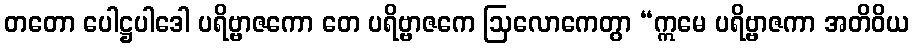
တတော ပေါဋ္ဌပါဒေါ ပရိဗ္ဗာဇကော တေ ပရိဗ္ဗာဇကေ ဩလောကေတွာ “ဣမေ ပရိဗ္ဗာဇကာ အတိဝိယ